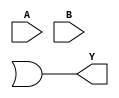
module XOR_gate (
    input A,
    input B,
    output Y
);

wire w1, w2, w3;

// AND gate implementation
and gate_1 (A, B, w1);

// NOT gate implementation
not gate_2 (w1, w2);

// OR gate implementation
or gate_3 (A, B, w3);

// Output assignment
assign Y = w2 | w3;

endmodule